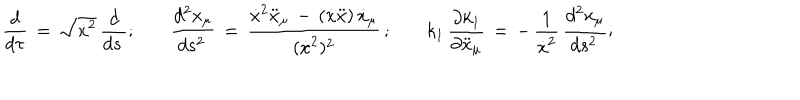
\frac { d } { d \tau } \, = \, \sqrt { \dot { x } ^ { 2 } } \, \frac { d } { d s \, } { ; } \qquad \frac { d ^ { 2 } x _ { \mu } } { d s ^ { 2 } \, } \, = \, \frac { \dot { x } ^ { 2 } \ddot { x } _ { \mu } \, - \, ( \dot { x } \ddot { x } ) \, \dot { x } _ { \mu } } { ( \dot { x } ^ { 2 } ) ^ { 2 } } \, { ; } \qquad k _ { 1 } \, \frac { \partial k _ { 1 } } { \partial \ddot { x } _ { \mu } } \, = \, - \, \frac { 1 } { \dot { x } ^ { 2 } } \, \frac { d ^ { 2 } x _ { \mu } } { d s ^ { 2 } \, } { ; }